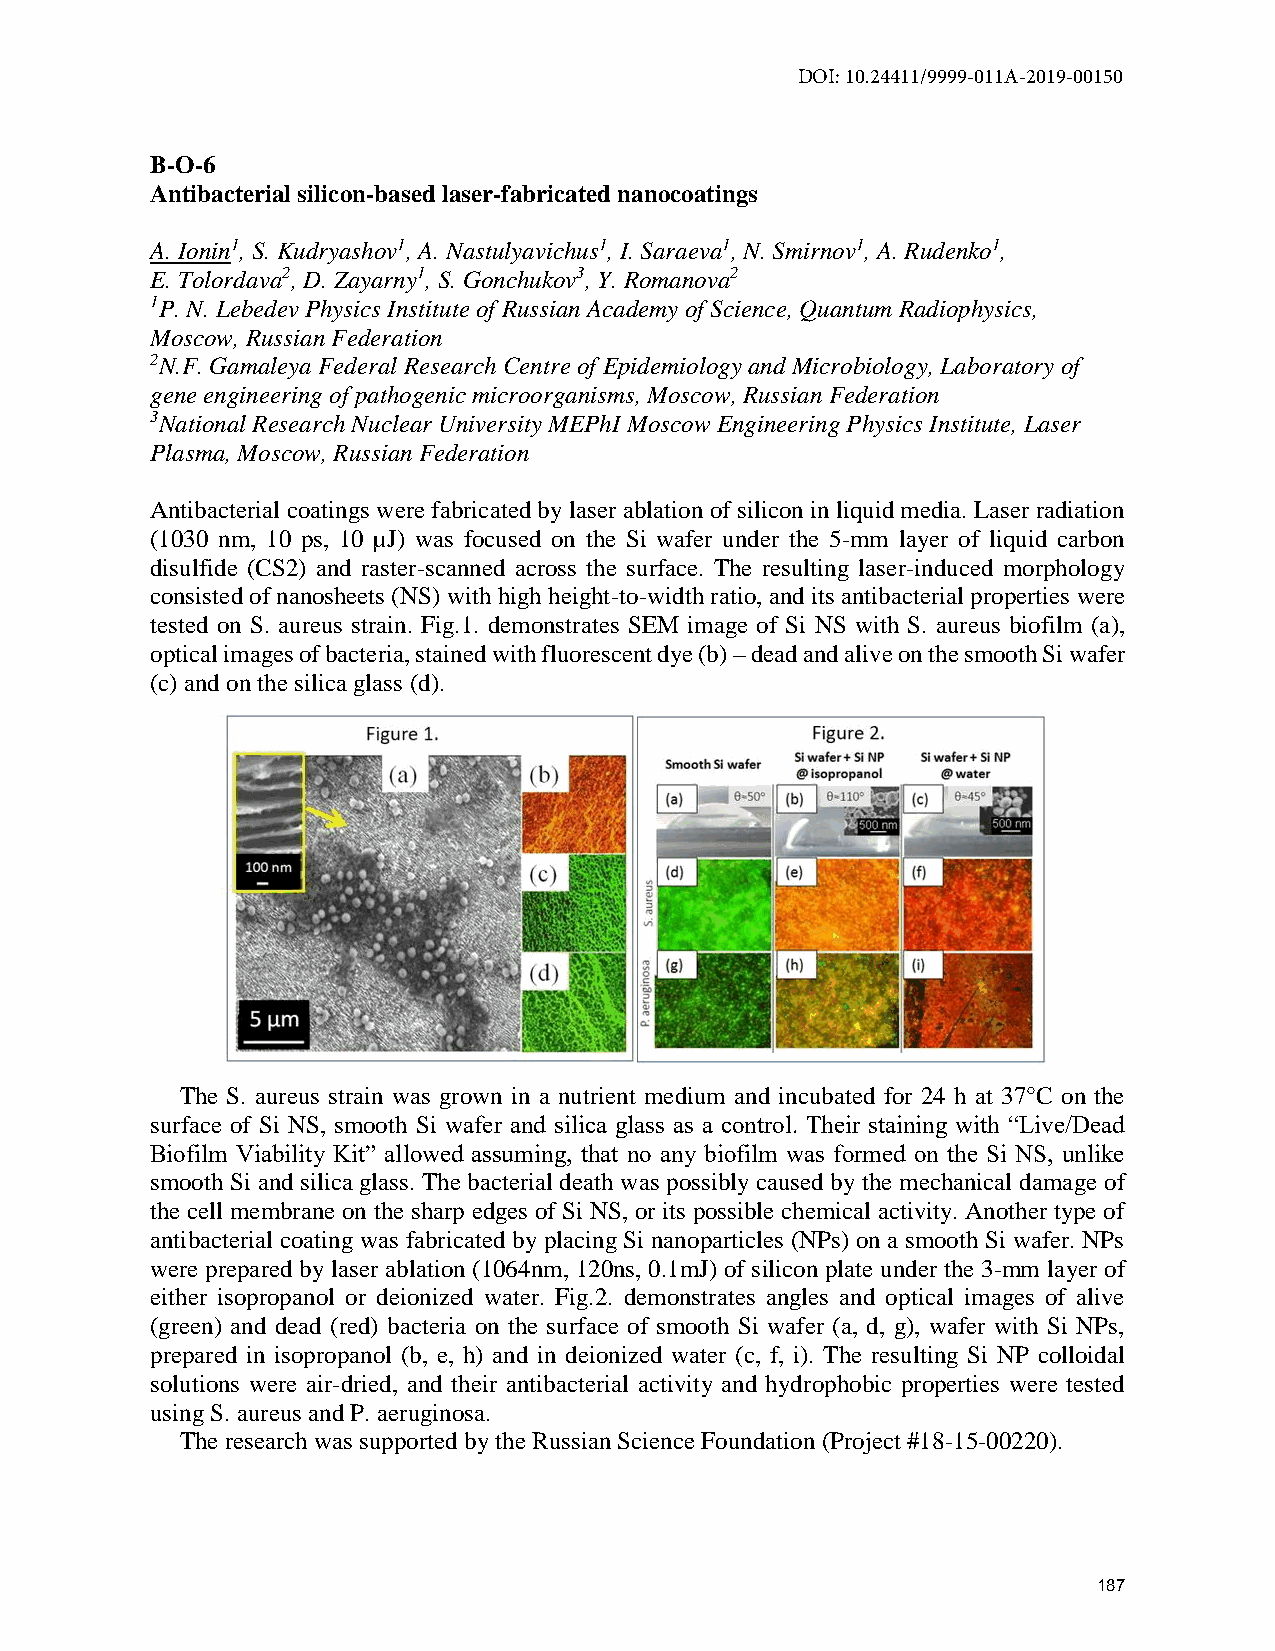
DOI: 10.24411/9999-011A-2019-00150
 B-O-6
 Antibacterial silicon-based laser-fabricated nanocoatings
 A. Ionin1, S. Kudryashov1, A. Nastulyavichus1, I. Saraeva1, N. Smirnov1, A. Rudenko1,
 E. Tolordava2, D. Zayarny1, S. Gonchukov3, Y. Romanova2
 1P. N. Lebedev Physics Institute of Russian Academy of Science, Quantum Radiophysics,
 Moscow, Russian Federation
 2N.F. Gamaleya Federal Research Centre of Epidemiology and Microbiology, Laboratory of
 gene engineering of pathogenic microorganisms, Moscow, Russian Federation
 3National Research Nuclear University MEPhI Moscow Engineering Physics Institute, Laser
 Plasma, Moscow, Russian Federation
 Antibacterial coatings were fabricated by laser ablation of silicon in liquid media. Laser radiation
 (1030 nm, 10 ps, 10 µJ) was focused on the Si wafer under the 5-mm layer of liquid carbon
 disulfide (CS2) and raster-scanned across the surface. The resulting laser-induced morphology
 consisted of nanosheets (NS) with high height-to-width ratio, and its antibacterial properties were
 tested on S. aureus strain. Fig.1. demonstrates SEM image of Si NS with S. aureus biofilm (a),
 optical images of bacteria, stained with fluorescent dye (b) – dead and alive on the smooth Si wafer
 (c) and on the silica glass (d).
 The S. aureus strain was grown in a nutrient medium and incubated for 24 h at 37°C on the
 surface of Si NS, smooth Si wafer and silica glass as a control. Their staining with “Live/Dead
 Biofilm Viability Kit” allowed assuming, that no any biofilm was formed on the Si NS, unlike
 smooth Si and silica glass. The bacterial death was possibly caused by the mechanical damage of
 the cell membrane on the sharp edges of Si NS, or its possible chemical activity. Another type of
 antibacterial coating was fabricated by placing Si nanoparticles (NPs) on a smooth Si wafer. NPs
 were prepared by laser ablation (1064nm, 120ns, 0.1mJ) of silicon plate under the 3-mm layer of
 either isopropanol or deionized water. Fig.2. demonstrates angles and optical images of alive
 (green) and dead (red) bacteria on the surface of smooth Si wafer (a, d, g), wafer with Si NPs,
 prepared in isopropanol (b, e, h) and in deionized water (c, f, i). The resulting Si NP colloidal
 solutions were air-dried, and their antibacterial activity and hydrophobic properties were tested
 using S. aureus and P. aeruginosa.
 The research was supported by the Russian Science Foundation (Project #18-15-00220).
 187